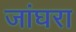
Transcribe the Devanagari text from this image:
जांघरा